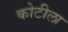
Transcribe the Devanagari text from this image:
कोटीला